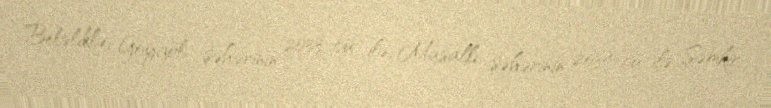
Beləliklə, Göygöl şəhərinin 2033-cü ilə, Masallı şəhərinin 2034-cü ilə, Şəmkir,